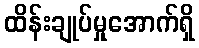
ထိန်းချုပ်မှုအောက်ရှိ